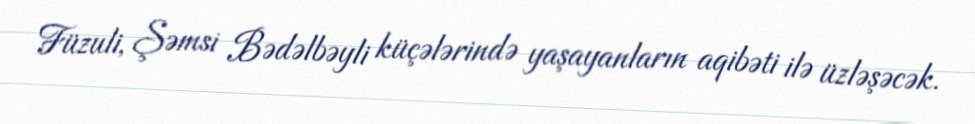
Füzuli, Şəmsi Bədəlbəyli küçələrində yaşayanların aqibəti ilə üzləşəcək.